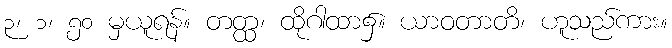
၃၊ ၁၊ ၅၀ မှယူရန်။ တတ္ထ၊ ထိုဂါထာ၌။ ယာဝတာတိ၊ ဟူသည်ကား။